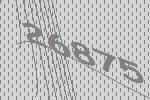
26875